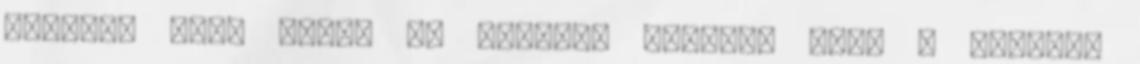
bélzete stb. Akkor én valamit tudok:- Vagy a lisztem